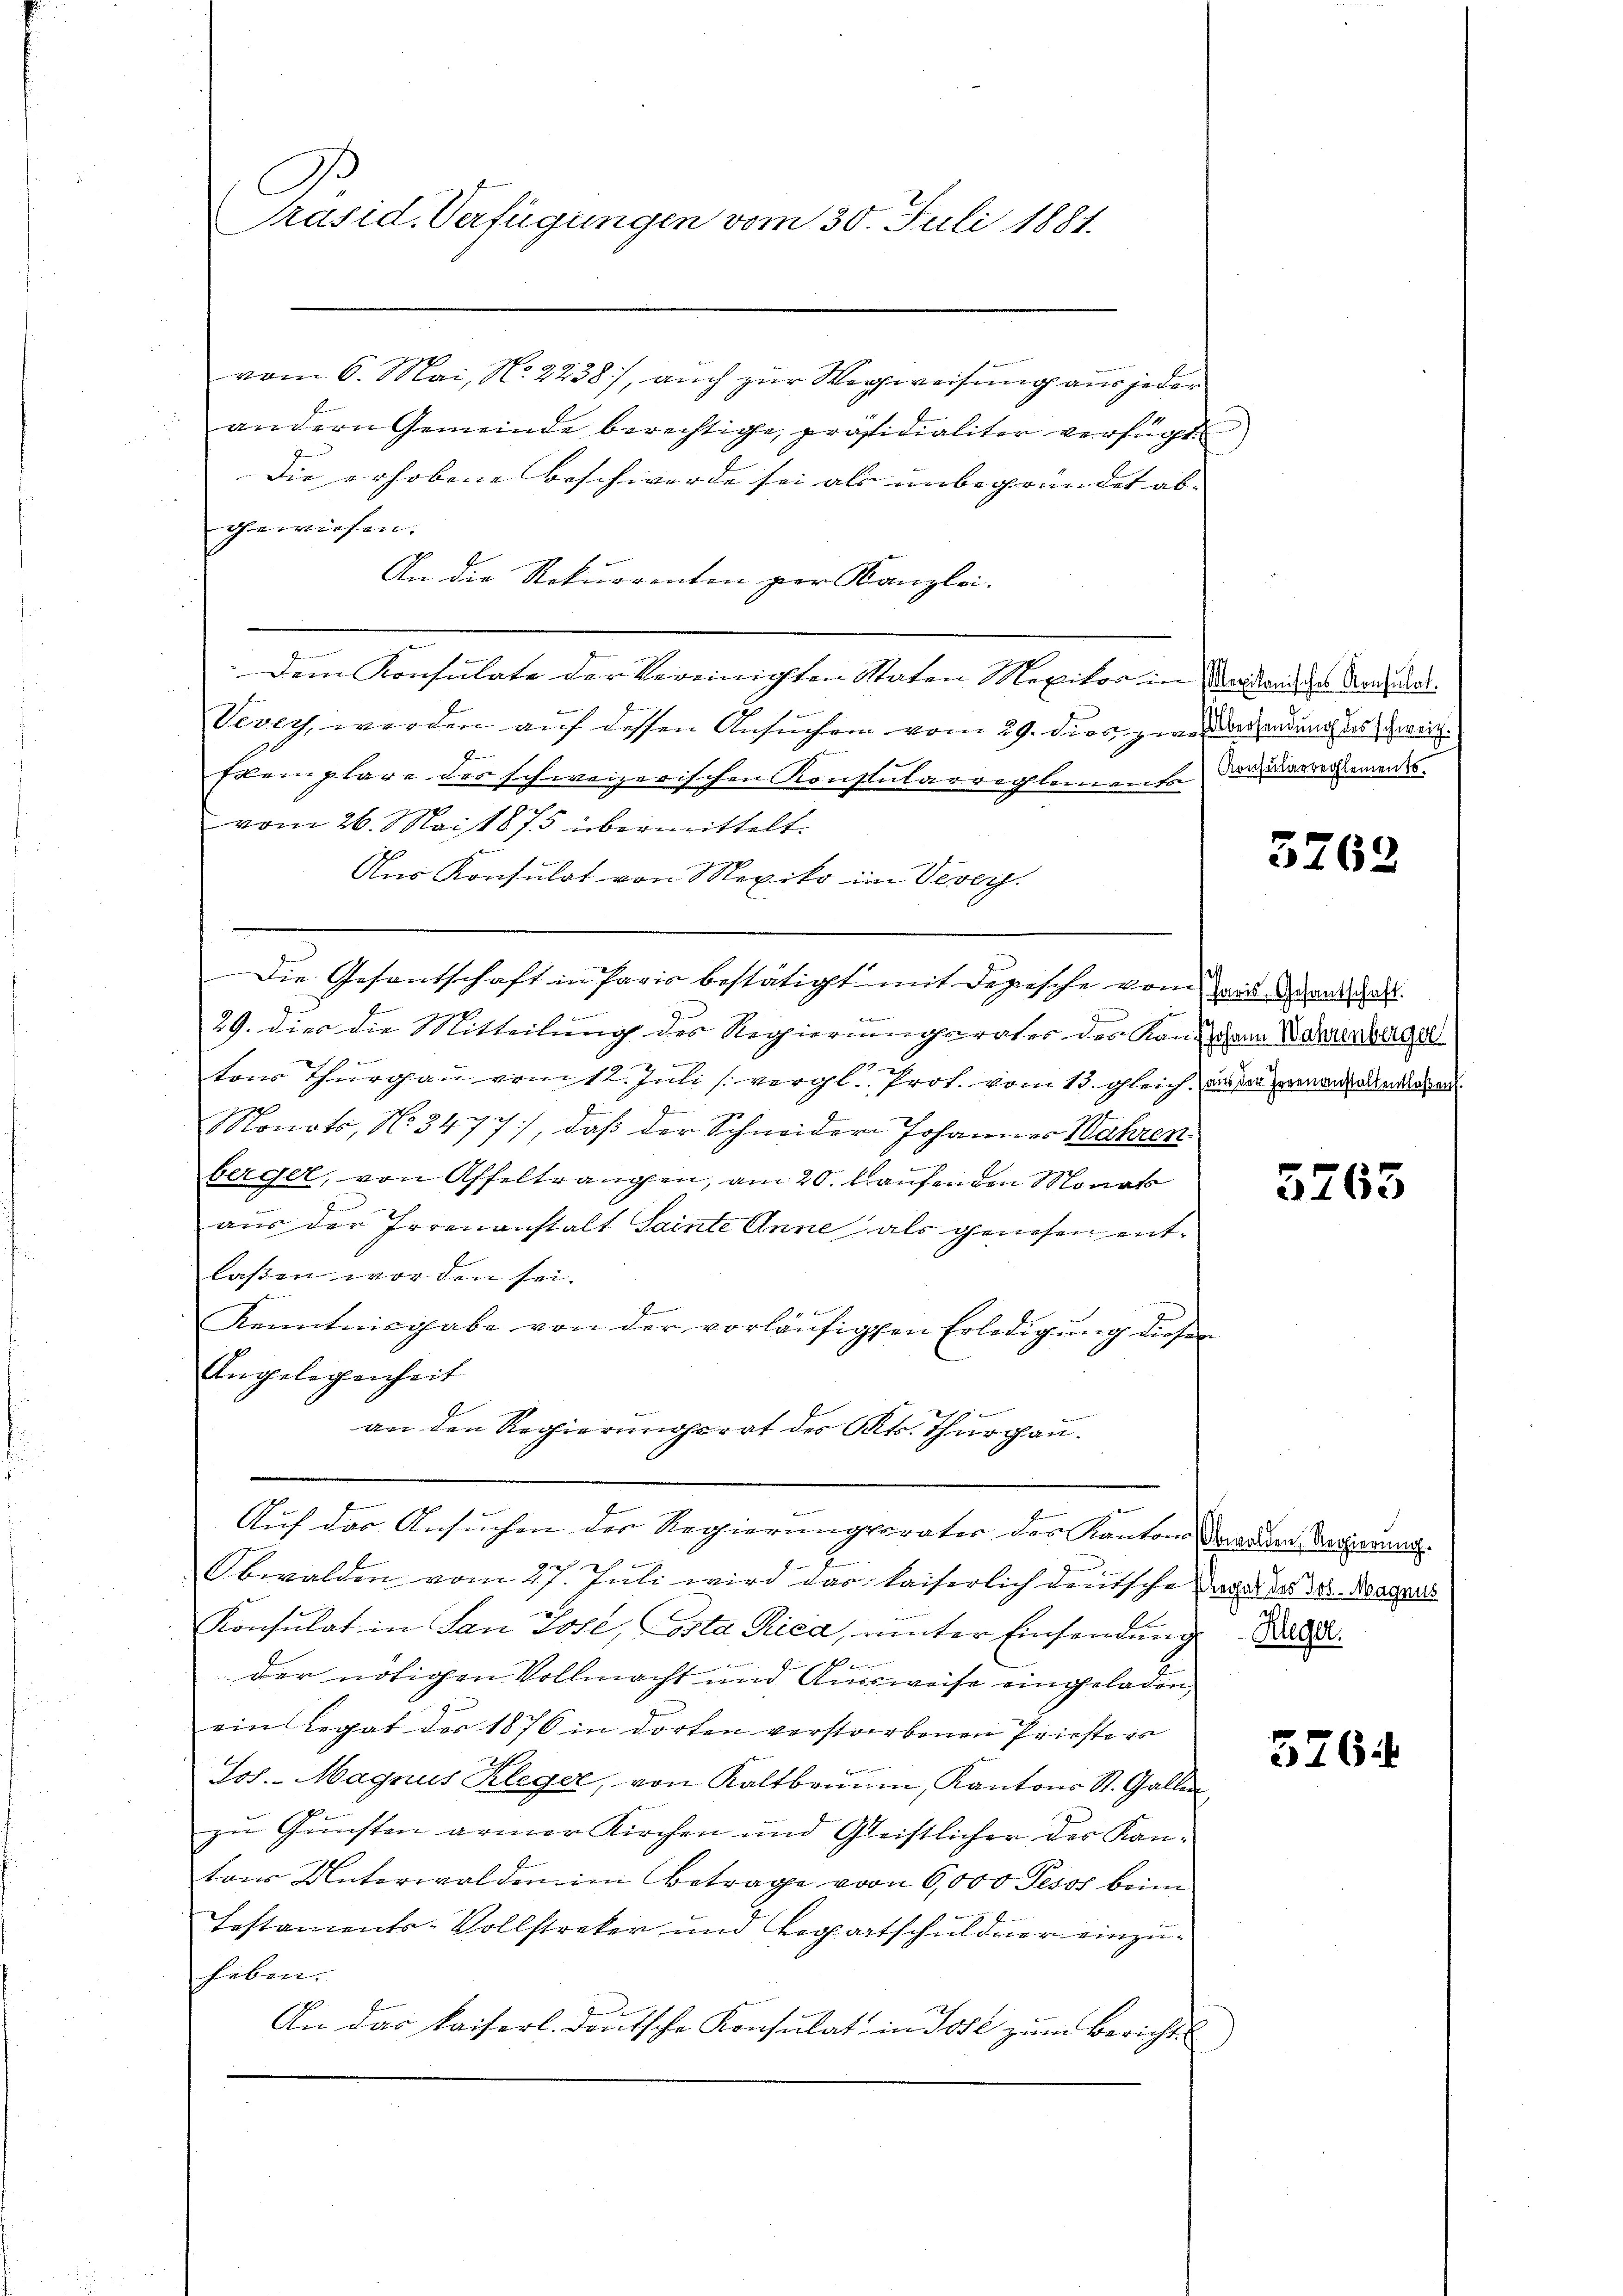
C
Präsid. Verfügungen vom 30. Juli 1881.

vom 6. Mai, N. 2238), auch zur Wegweisung aus jeder
andern Gemeinde berechtige, präsidialiter verfügt
Die erhobene Beschwerde sei als unbegründet ab- |
hewiesen.
An die Rekurrenten per Kanzlei.
e
Dem Konsulate der Vereinigten Staten Mexitos in Morderndes Kandidat
n
Vevey werden auf dessen Ansuchen vom 29. dies zwei dersendung des Zweit.
f
Exemplare des schweizerischen Konstutarreglemente darüberrersements
vom 26. Mai 1875 übermittelt.
Aus Konsulat von Mexiko im Vevers.
Die Gesantschaft in Paris bestätigt mit Depesche vom Land an da
f
.
29. Dies die Mitteilung des Regierungsrater des Kan Johann Wahrenberg

tons Thurgau vom 12. Juli [vergl. Prof. vom 13. gleich, das der genanderen
Monats, No 3477, daß der Schneider Johannes Wahren
berger, von Affeltrangen, am 20. Laufen den Monat
aus der Irrenanstalt Sainte Anne als genesen entlassen worden sei.
Kenntnisgabe von der vorläŭfigten Erledigŭng dieser
Angelegenheit
an den Regierungsrat des Kts. Thurgau.
2
Auf das Ansuchen der Regierungsrates des Kantons dranden Regierung.
t
Obwalden vom 27. Juli wird das kaiserlich deutsche daran der der Magers
Konsulat in San Jose, Costa Ried, unter Einsendung

der nötigen Vollmacht und Aussweise eingeladen
ein legat des 1876 in dorten verstorbenen Priestein
Jos. Magnus Kleger, von Kaltbrŭŭn, Kantons St. Gallen
zu Gunsten armer Kirchen und Gleistlicher der Kantons Unterwalden im Betrage von 6,000 Pesos beim
Testaments-Vollstreker und Legartschuldner einzuheben.
An das kaiserl. Deutsche Konsulat in Post zŭm Bericht

3262

5763

5764